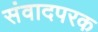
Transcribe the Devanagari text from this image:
संवादपरक